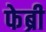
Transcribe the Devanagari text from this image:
फेब्री